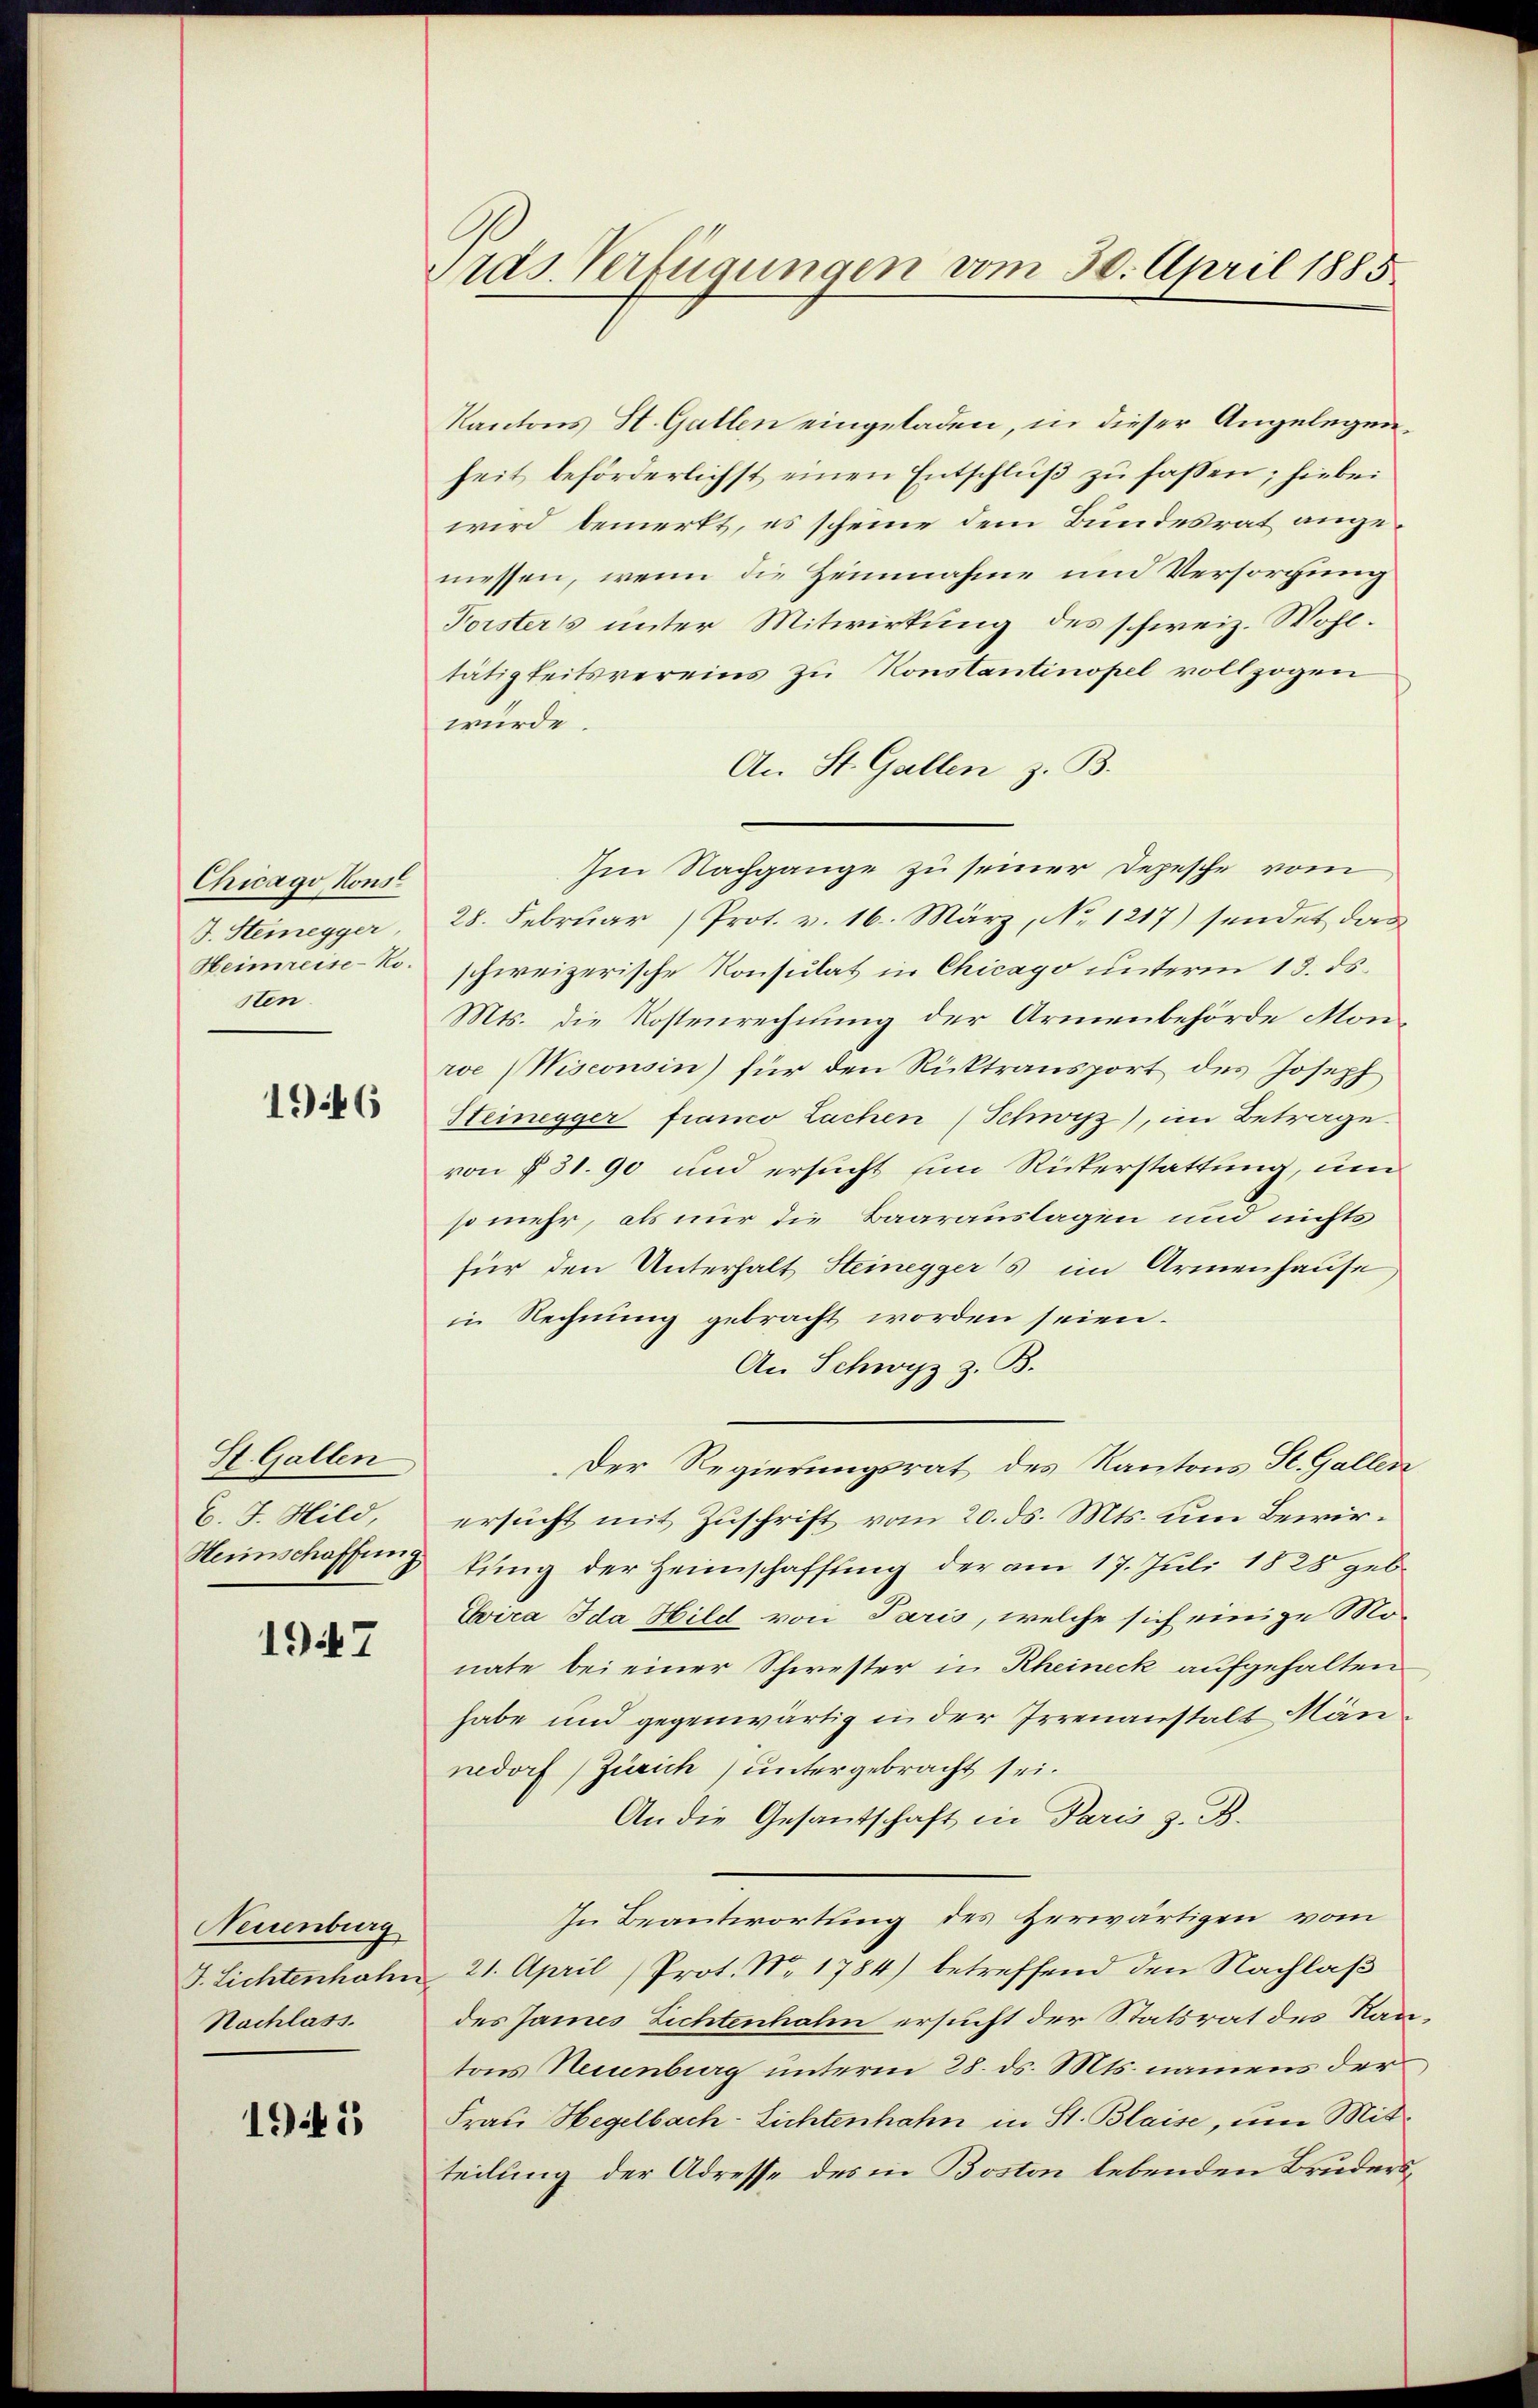
Chicago, Konst
J. Steinegger.
Heimreise-Kosten.

1946

St. Gallen
C. J. Hild,
Heimschaffung

1947

Neuenburg
J. Lichtenhahn
Nachlass.

1945

Pras Verfügungen vom 30. April 1885.

Kantons St. Gallen eingeladen, in dieser Angelegenheit beförderlichst einen Entschluß zu fassen; hiebei
wird bemerkt, es scheine dem Bundesrat angemessen, wenn die Heinnahme und Versorgung
Forsters unter Mitwirkung des schweiz. Wohltätigkeitsvereins zu Konstantinopel vollzogen
würde.
An St. Gallen z. B.
Im Nachgange zu seiner Depesche vom
28. Februar (Prot. v. 16. März, No 1217) sendet das
schweizerische Konsulat in Chicago unterm 13. ds.
Mts. die Kostenrechnung der Armenbehörde Monroe (Wisconsin) für den Rücktransport des Joseph
Steinegger framo Lachen (Schwyz), im Betrage
von § 31. 90 und ersucht ein Rükerstattung, um
somehr, als nur die Baarauslagen und nichts
für den Unterhalt Steineggers im Armenhause
in Rechnung gebracht worden seien.
An Schwyz z. B.
Der Regierungsrat des Kantons St. Gallen
ersucht mit Zuschrift vom 20. ds. Mts. um Bewirkung der Heimschaffung der am 17. Juli 1825 geb.
Evira Ida Hild von Paris, welche sich einige Monate bei einer Schwester in Rheineck aufgehalten
habe und gegenwärtig in der Irrenanstalt Män
nedorf (Zürich) untergebracht sei.
An die Gesantschaft in Paris z. B.
In Beantwortung des Zerwärtigen vom
21. April (Prot. N. 1784) betreffend den Nachlaß
des James Lichtenhalm ersucht der Statsrat des Rautons Neuenburg unterm 28. ds. Mts. namens der
Frau Hegelbach-Lichtenhahn in St. Blaise, um Mitteilung der Adresse des in Boston lebenden Bruders¬